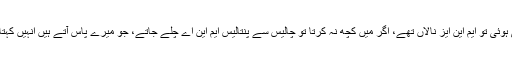
جب نوازشریف کی نااہلی ہوئی تو ایم این ایز نالاں تھے، اگر میں کچھ نہ کرتا تو چالیس سے پنتالیس ایم این اے چلے جاتے، جو میرے پاس آتے ہیں انہیں کہتا ہوں پارٹی میں رہنا ہے۔